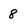
Character: 8